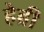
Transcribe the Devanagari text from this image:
हेब्री